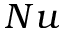
N u